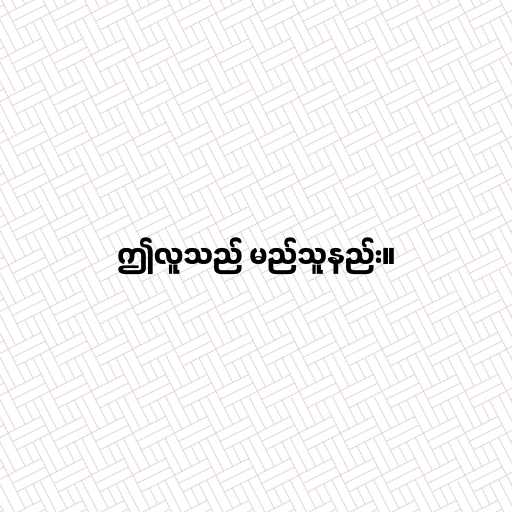
ဤလူသည် မည်သူနည်း။